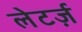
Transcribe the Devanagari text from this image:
लेटर्ज़